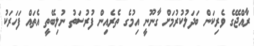
ރާއްޖޭގެ ވެރިކަން ބަދަލުކުރުމަށް ގާނޫނީ އިމުގެ ތެރެއިން ފުރުސަތު ނުލިބޭތީ އެތައް ފަހަރަކު